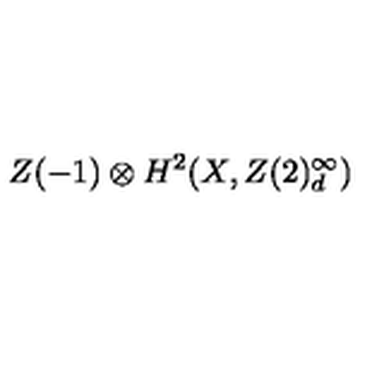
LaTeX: Z ( - 1 ) \otimes { } H ^ { 2 } ( X , Z ( 2 ) _ { d } ^ { \infty } )